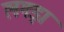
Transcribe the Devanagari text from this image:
लगड़ा